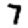
Digit: 7